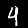
Digit: 4